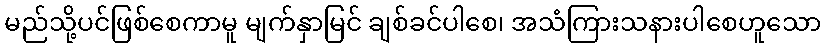
မည်သို့ပင်ဖြစ်စေကာမူ မျက်နှာမြင် ချစ်ခင်ပါစေ၊ အသံကြားသနားပါစေဟူသော